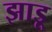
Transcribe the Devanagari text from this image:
झाडू़